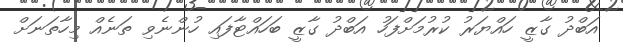
އަބްދު ގާޒީ ހައްޔަރު ކުރުމަށްފަހު އަބްދު ގާޒީ ބަހައްޓާފައި ހުންނެވި ތަނެއް މިހާތަނަށް